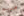
مبهم